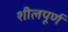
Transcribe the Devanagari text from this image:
शीलपूर्ण